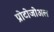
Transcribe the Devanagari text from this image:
प्रोटोजोअल